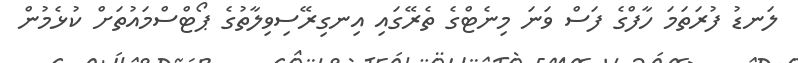
ލަނޑު ފުރަތަމަ ހާފްގެ ފަސް ވަނަ މިނެޓްގެ ތެރޭގައި އިނގިރޭސިވިލާތުގެ ޕޯޓްސްމައުތަށް ކުޅެމުން